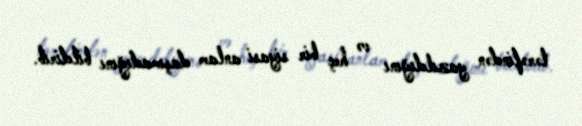
tərəfindən yazıldığını və heç bir siyasi anlam daşımadığını bildirib.